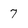
Character: 7